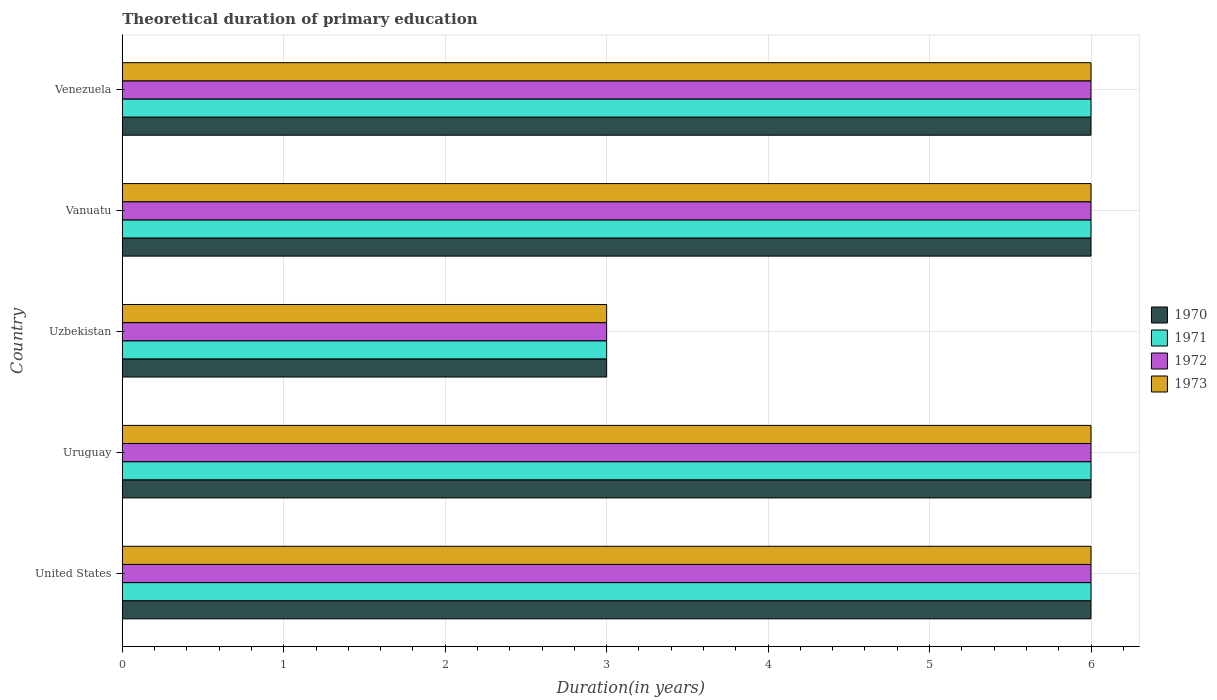
| Country | 1970 | 1971 | 1972 | 1973 |
 | --- | --- | --- | --- | --- |
 | United States | 6 | 6 | 6 | 6 |
 | Uruguay | 6 | 6 | 6 | 6 |
 | Uzbekistan | 3 | 3 | 3 | 3 |
 | Vanuatu | 6 | 6 | 6 | 6 |
 | Venezuela | 6 | 6 | 6 | 6 |